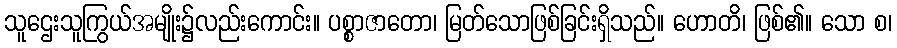
သူဌေးသူကြွယ်အမျိုး၌လည်းကောင်း။ ပစ္စာဇာတော၊ မြတ်သောဖြစ်ခြင်းရှိသည်။ ဟောတိ၊ ဖြစ်၏။ သော စ၊